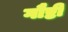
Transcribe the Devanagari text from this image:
गौष्टी